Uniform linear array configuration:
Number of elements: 8
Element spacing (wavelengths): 0.75
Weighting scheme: blackman
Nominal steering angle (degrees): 30
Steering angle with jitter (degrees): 30.501
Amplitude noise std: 0.05
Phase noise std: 0.05

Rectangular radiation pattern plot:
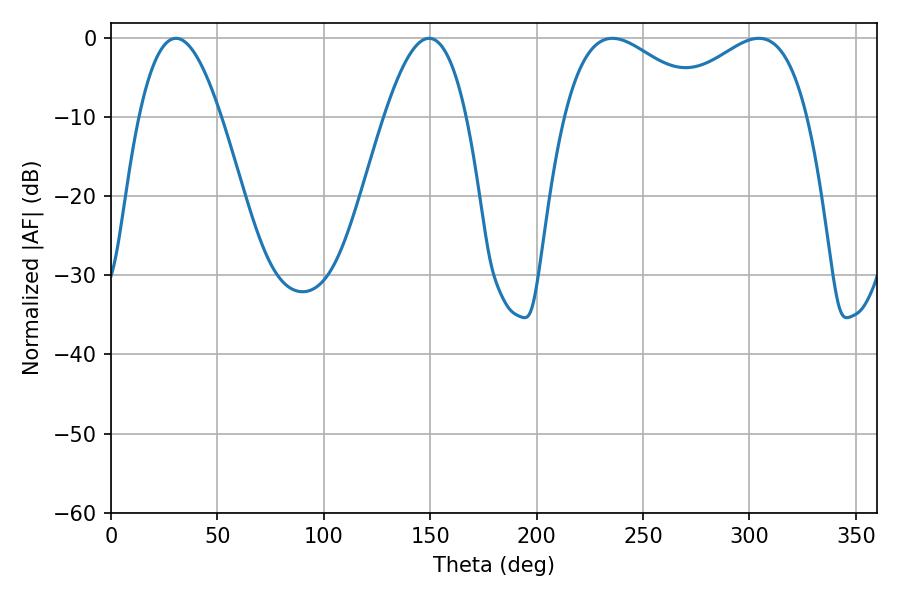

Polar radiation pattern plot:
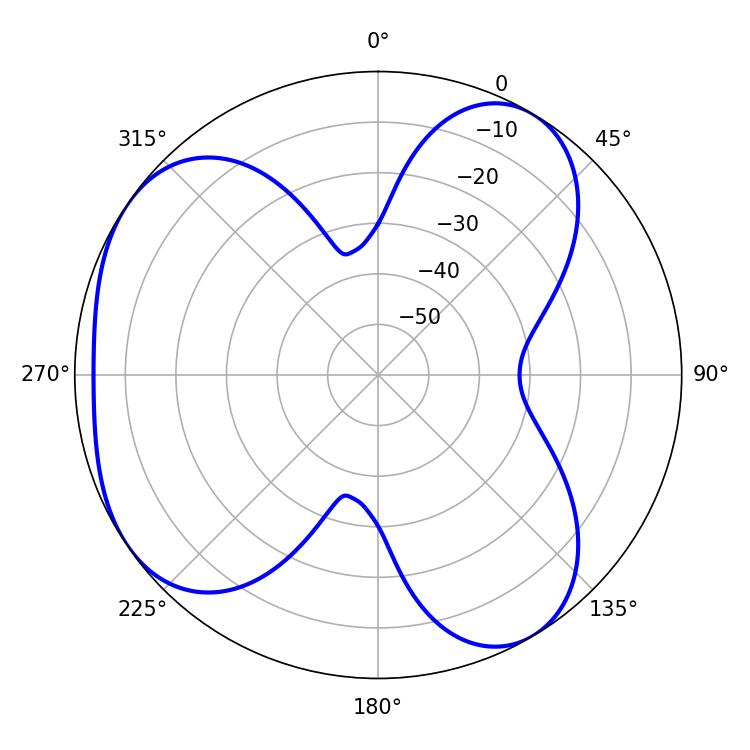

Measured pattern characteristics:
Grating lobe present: TRUE
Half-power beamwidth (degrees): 37.44
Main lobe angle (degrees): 304.38